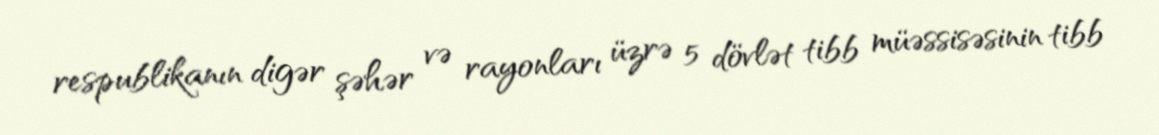
respublikanın digər şəhər və rayonları üzrə 5 dövlət tibb müəssisəsinin tibb